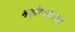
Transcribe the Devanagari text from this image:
मनोरञ्जात्मक